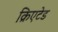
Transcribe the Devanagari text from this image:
क्रिएटेड